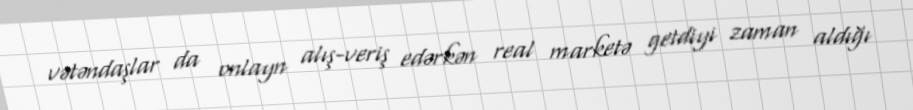
vətəndaşlar da onlayn alış-veriş edərkən real marketə getdiyi zaman aldığı